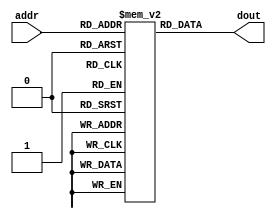
module im_4k( addr, dout );
    
    input [11:2] addr;
    output [31:0] dout;
    
    reg [31:0] imem[1023:0];
    
    assign dout = imem[addr];
    
endmodule